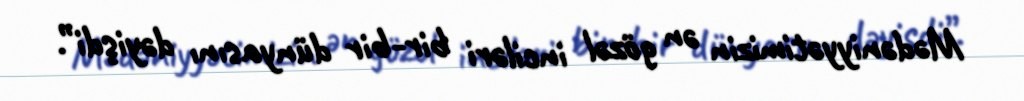
Mədəniyyətimizin ən gözəl inciləri bir-bir dünyasını dəyişdi”.